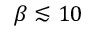
\beta \lesssim 1 0